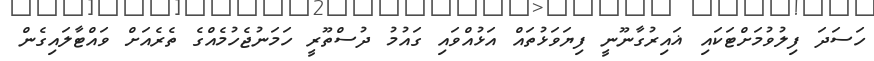
ހަސަދަ ފިލުވުމަށްޓަކައި ޣައިރުގާނޫނީ ފިޔަވަޅުތައް އަޅުއްވައި ގައުމު ދުސްތޫރީ ހަމަނުޖެހުމެއްގެ ތެރެއަށް ވައްޓާލައިގެން